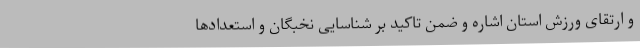
و ارتقای ورزش استان اشاره و ضمن تاکید بر شناسایی نخبگان و استعدادها